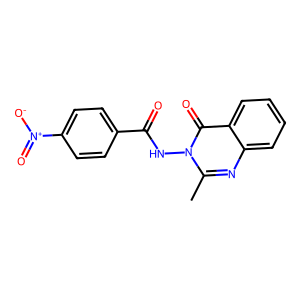
SMILES: Cc1nc2ccccc2c(=O)n1NC(=O)c1ccc([N+](=O)[O-])cc1
Inhibits HIV replication: No